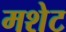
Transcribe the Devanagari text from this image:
मशेट